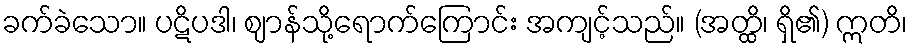
ခက်ခဲသော။ ပဋိပဒါ၊ ဈာန်သို့ရောက်ကြောင်း အကျင့်သည်။ (အတ္ထိ၊ ရှိ၏) ဣတိ၊